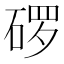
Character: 𬒓